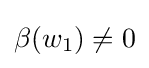
\beta (w_{1})\neq 0